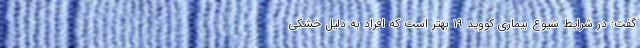
گفت: در شرایط شیوع بیماری کووید ۱۹ بهتر است که افراد به دلیل خشکی